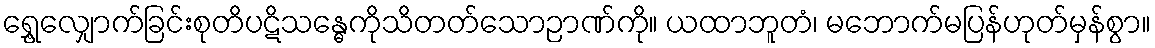
ရွှေ့လျှောက်ခြင်းစုတိပဋိသန္ဓေကိုသိတတ်သောဉာဏ်ကို။ ယထာဘူတံ၊ မဘောက်မပြန်ဟုတ်မှန်စွာ။